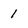
Character: 1